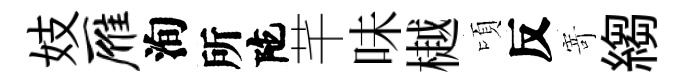
妓雁洵所陀芊味樾頃反𭔃縐